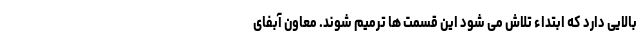
بالایی دارد که ابتداء تلاش می شود این قسمت ها ترمیم شوند. معاون آبفای